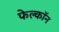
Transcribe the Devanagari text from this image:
फेल्काॅन